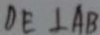
D E \bot A B